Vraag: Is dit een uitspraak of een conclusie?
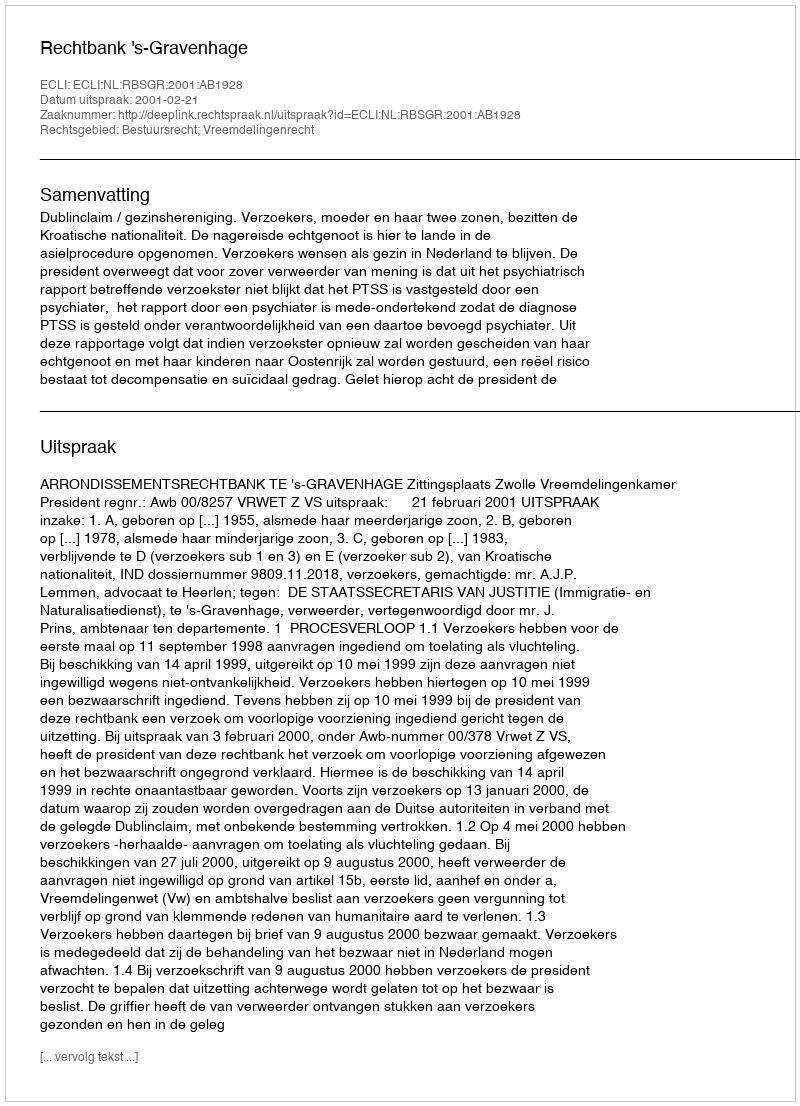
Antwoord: Uitspraak